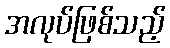
အလုပ်ဖြစ်သည့်